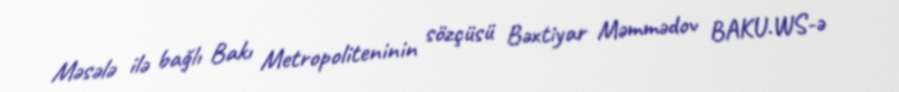
Məsələ ilə bağlı Bakı Metropoliteninin sözçüsü Bəxtiyar Məmmədov BAKU.WS-ə